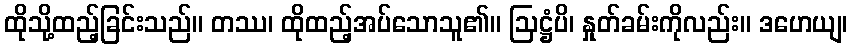
ထိုသို့ထည့်ခြင်းသည်။ တဿ၊ ထိုထည့်အပ်သောသူ၏။ ဩဋ္ဌံပိ၊ နှုတ်ခမ်းကိုလည်း။ ဒဟေယျ၊